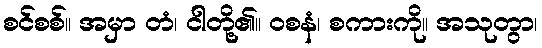
စင်စစ်။ အမှာ တံ၊ ငါတို့၏။ ဝစနံ၊ စကားကို။ အသုတွာ၊